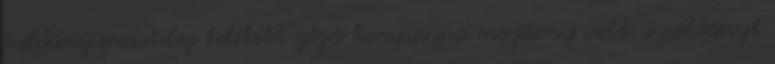
példány eredetileg telített gőzű kompaund mozdony volt, e példányt